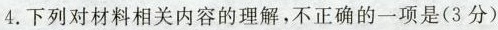
4. 下列对材料相关内容的理解，不正确的一项是( 3 分 )